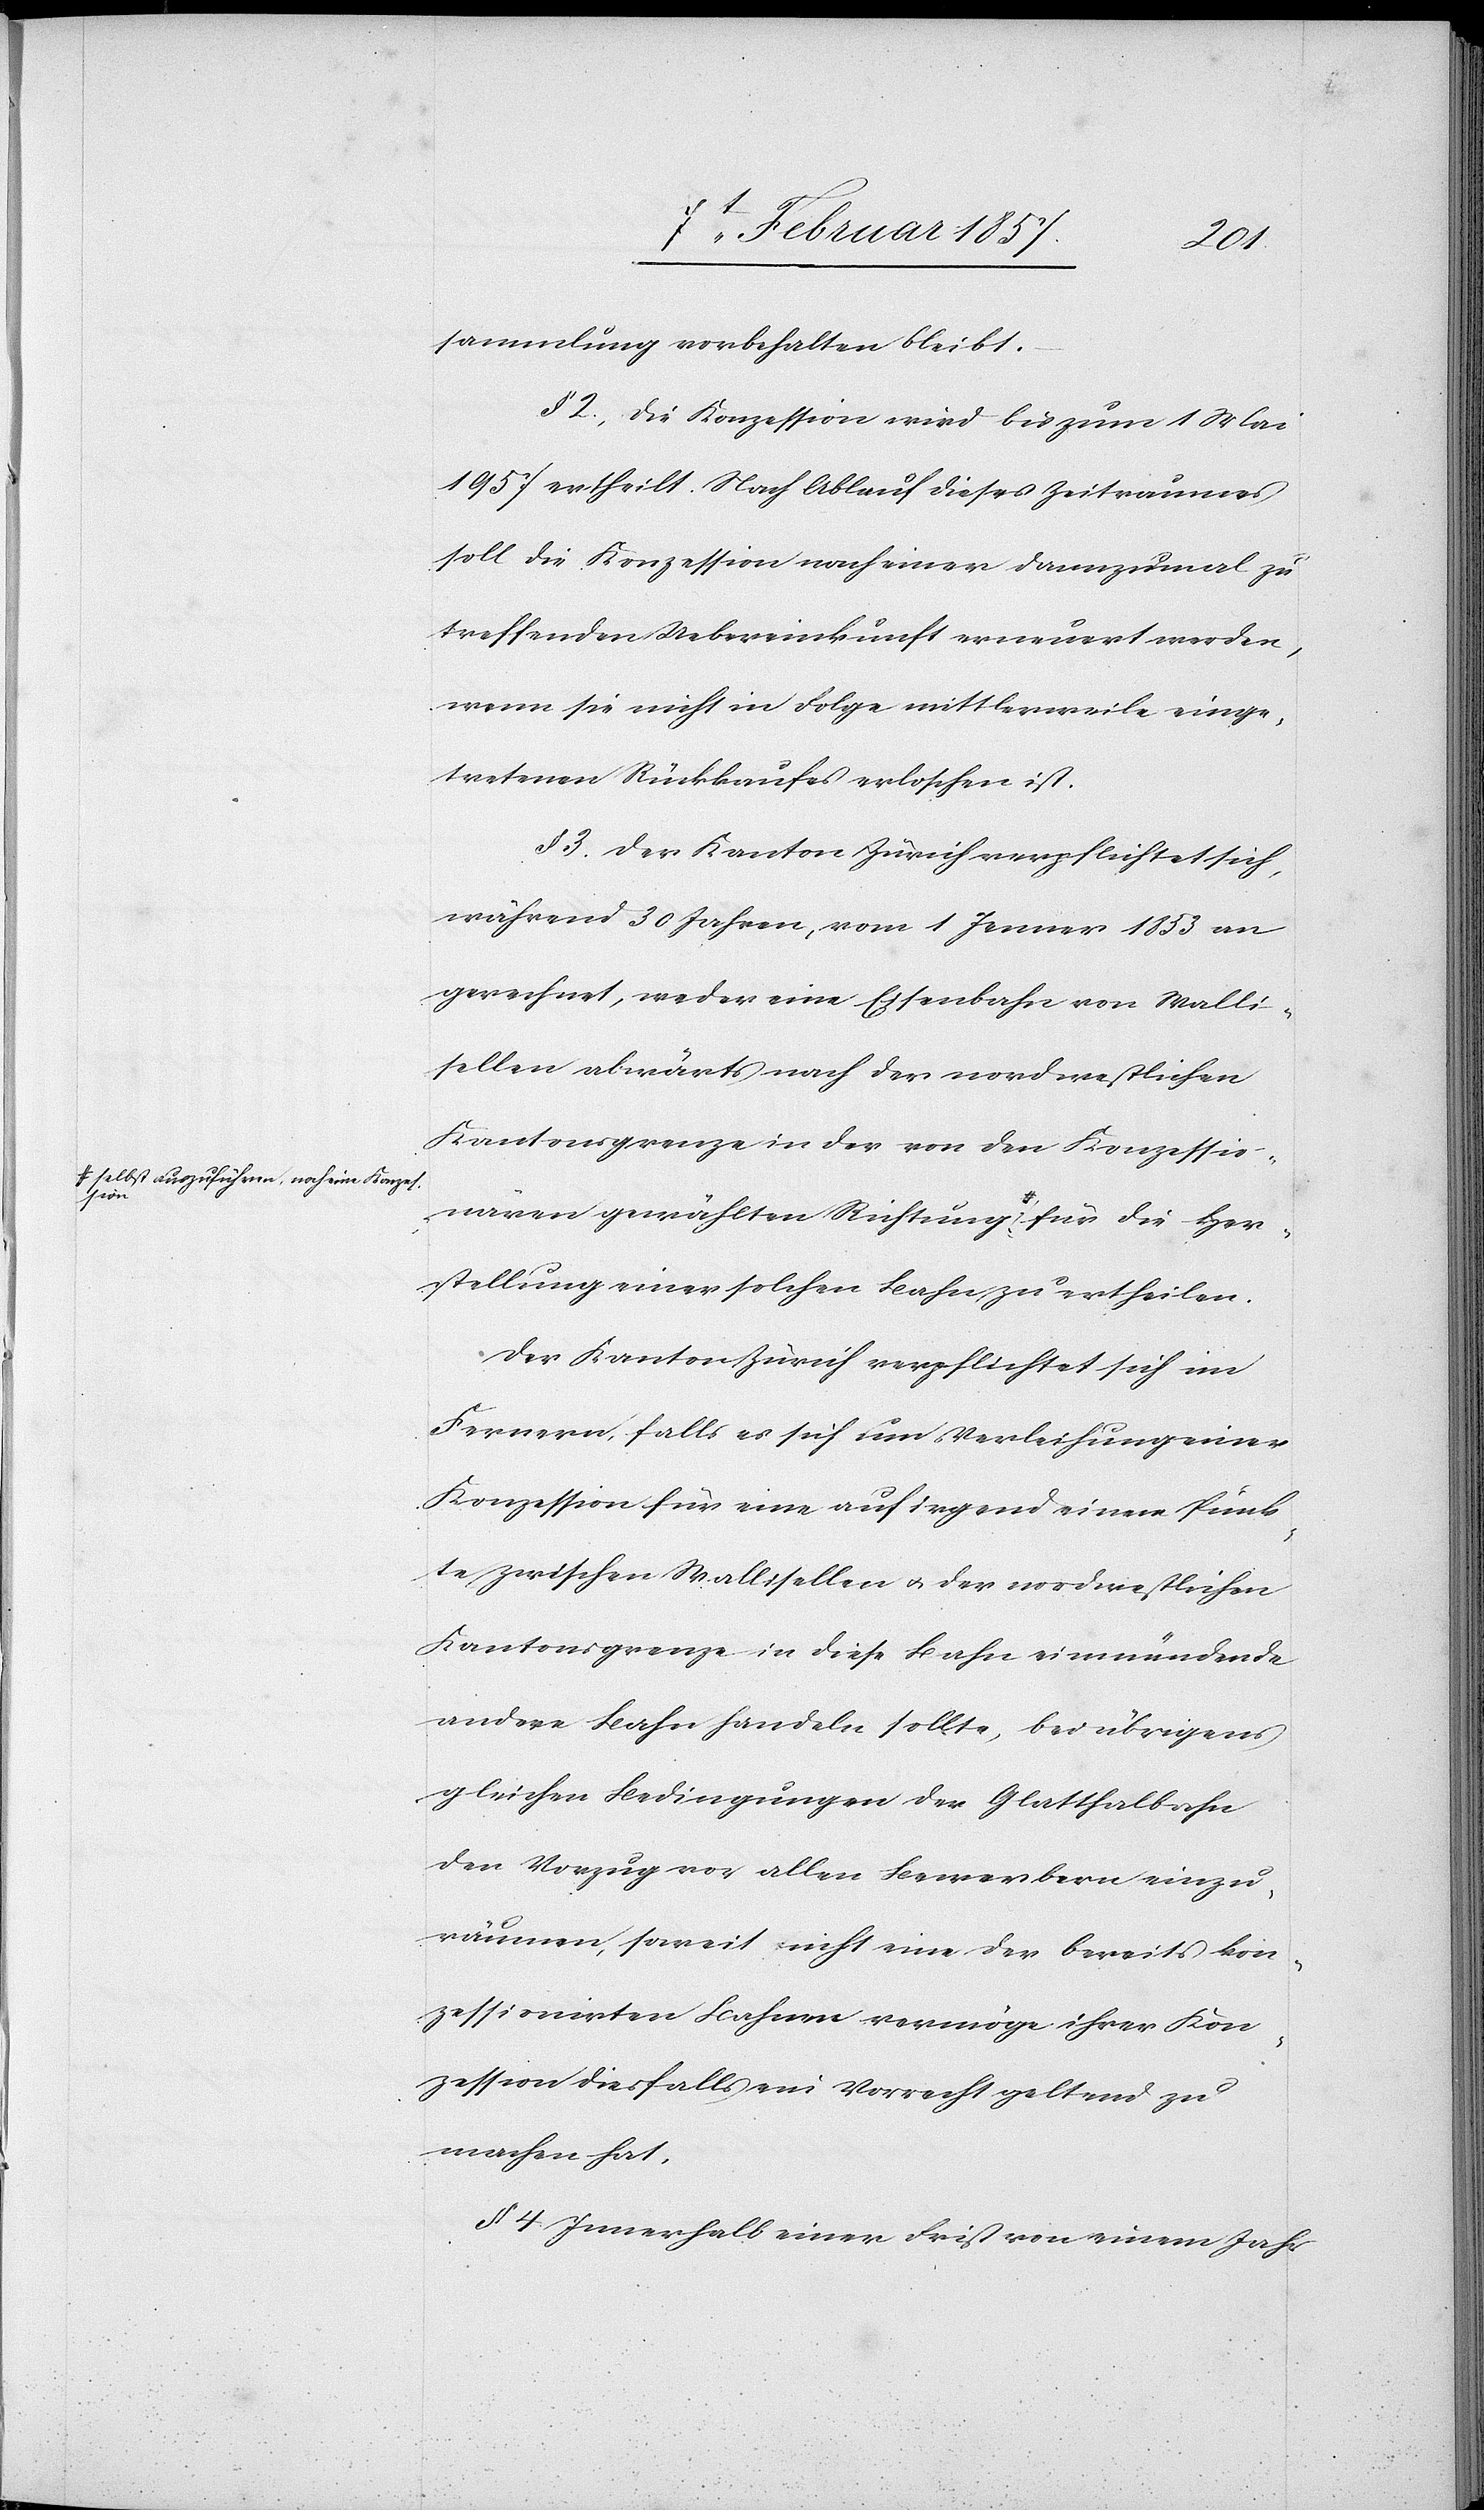
Her¬

sammlung vorbehalten bleibt.
§ 2. Die Konzession wird bis zum 1 Mai
1957 ertheilt. Nach Ablauf dieses Zeitraumes
soll die Konzession nach einer dannzumal zu
treffenden Uebereinkunft erneuert werden,
wenn sie nicht in Folge mittlerweile einge¬
tretenen Rückkaufes erloschen ist.
§ 3. Der Kanton Zürich verpflichtet sich,
während 30 Jahren, vom 1 Jenner 1853 an
gerechnet, weder eine Eisenbahn von Walli¬
sellen abwärts nach der nordwestlichen
Kantonsgrenze in der von den Konzessio¬
nären gewählten Richtung a-selbst auszuführ¬
stellung einer solchen Bahn zu ertheilen.
Der Kanton Zürich verpflichtet sich im
Fernern, falls es sich um Verleihung einer
Konzession für eine auf irgend einem Punk¬
te zwischen Wallisellen u. der nordwestlichen
Kantonsgrenze in diese Bahn einmündende
andere Bahn handeln sollte, bei übrigens
gleichen Bedingungen der Glatthalbahn
den Vorzug vor allen Bewerbern einzu¬
räumen, soweit nicht eine der bereits kon¬
zessionirten Bahnen vermöge ihrer Kon¬
zession diesfalls ein Vorrecht geltend zu
machen hat.
§ 4 Innerhalb einer Frist von einem Jahr

die